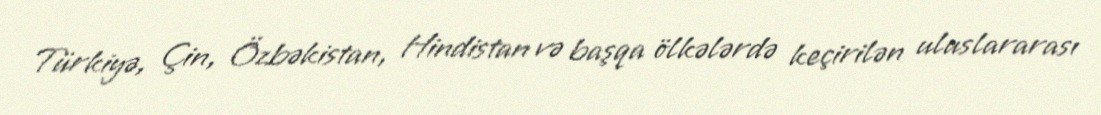
Türkiyə, Çin, Özbəkistan, Hindistan və başqa ölkələrdə keçirilən uluslararası